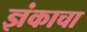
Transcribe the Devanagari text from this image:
ज्ञंकाचा